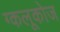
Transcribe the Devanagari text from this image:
ग्कलूकोज